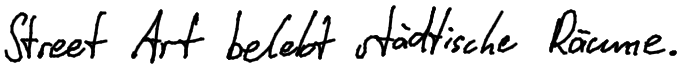
Street Art belebt städtische Räume.